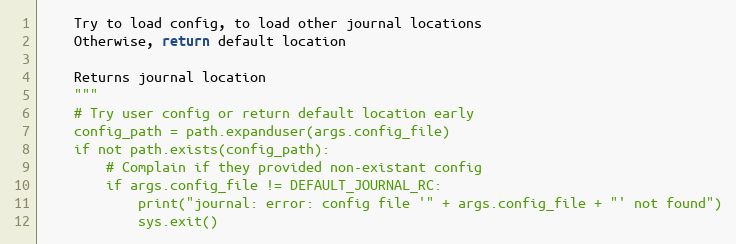
Language: Python
    Try to load config, to load other journal locations
    Otherwise, return default location

    Returns journal location
    """
    # Try user config or return default location early
    config_path = path.expanduser(args.config_file)
    if not path.exists(config_path):
        # Complain if they provided non-existant config
        if args.config_file != DEFAULT_JOURNAL_RC:
            print("journal: error: config file '" + args.config_file + "' not found")
            sys.exit()